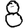
Digit: 8